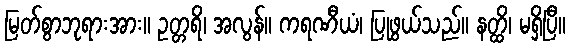
မြတ်စွာဘုရားအား။ ဥတ္တရိ၊ အလွန်။ ကရဏီယံ၊ ပြုဖွယ်သည်။ နတ္ထိ၊ မရှိပြီ။